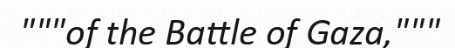
"""of the Battle of Gaza,"""